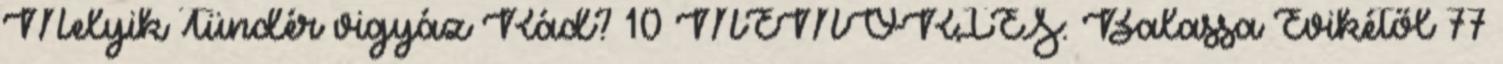
Melyik Tündér vigyáz Rád? 10 MEMORIES: Balassa Évikétől 77